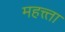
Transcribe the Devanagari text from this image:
महत्त्ता